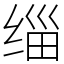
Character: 缁